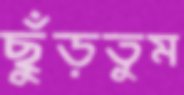
ছুঁড়তুম